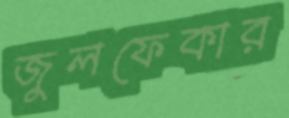
জুলফেকার